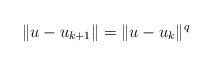
LaTeX: \begin{align*}\Vert u - u_{k+1} \Vert = \Vert u - u_{k} \Vert^q\end{align*}